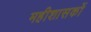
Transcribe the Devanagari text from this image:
महीशासकों